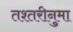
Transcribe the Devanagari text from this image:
तश्तरीनुमा